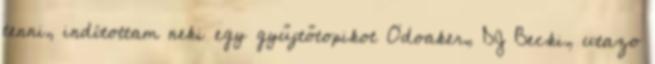
tenni, indítottam neki egy gyűjtőtopikot Odoaker, DJ Becki, utazo